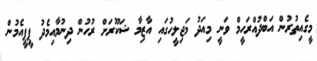
މީގެއިތުރުން އަބްދުއްރަހީމް ވަނީ މިއަދު މަޖިލީހުގައި އާޒިމާ ޝަކޫރަށް ރުހުން ދިނުމާއިމެދު ޕީޕީއެމުން